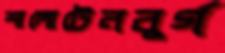
শালোটেনবুর্গ